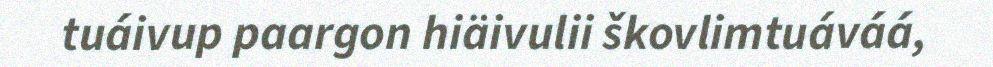
tuáivup paargon hiäivulii škovlimtuáváá,